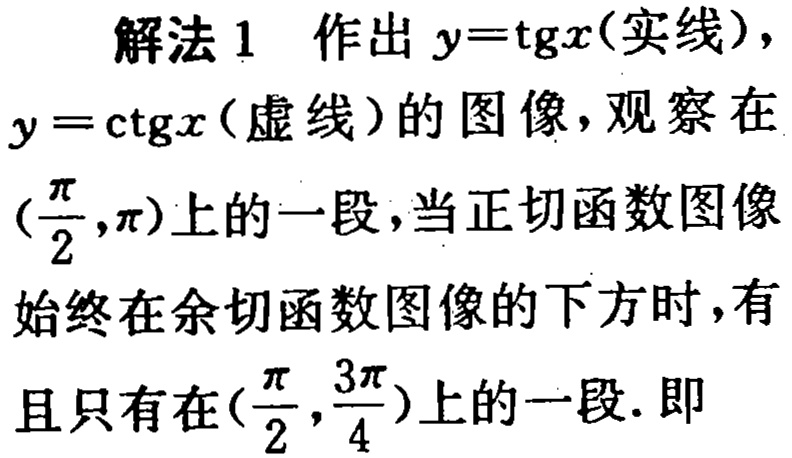
解法 1 作出 \(y = \text{tg}x\)(实线)，
\(y = \text{ctg}x\)(虚线) 的图像，观察在
\((\frac{\pi}{2},\pi)\)上的一段，当正切函数图像
始终在余切函数图像的下方时，有
且只有在\((\frac{\pi}{2},\frac{3\pi}{4})\)上的一段. 即